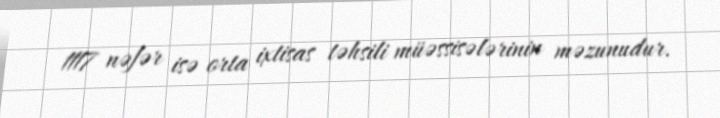
1117 nəfər isə orta ixtisas təhsili müəssisələrinin məzunudur.